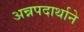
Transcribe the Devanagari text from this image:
अन्नपदार्थाने